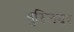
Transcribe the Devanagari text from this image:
मुस्लियर